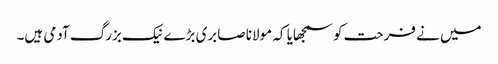
میں نے فرحت کو سمجھایا کہ مولانا صابری بڑے نیک بزرگ آدمی ہیں۔